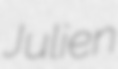
Julien